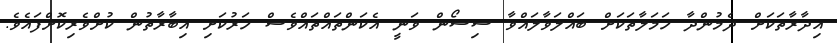
އިދާރާތަކަށް ދެމުންދާ ހަމަލާތަކަށް ބައްލަވާލައްވާ ސިސޯން ވަނީ އެކަންތައްތައްވެސް ހަރުކަށި އިބާރާތުން ކުށްވެރިކޮށްފައެވެ.